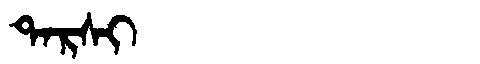
Manchu: ᡨᠠᡵᠰᡳ
Romanization: TARSI